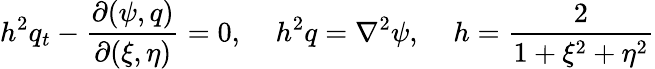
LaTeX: h^{2}q_{t}-\frac{\partial(\psi,q)}{\partial(\xi,\eta)}=0,\; \; \; \; h^{2}q=\nabla^{2}\psi,\; \; \; \; h=\frac{2}{1+\xi^{2}+\eta^{2}}